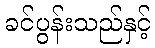
ခင်ပွန်းသည်နှင့်